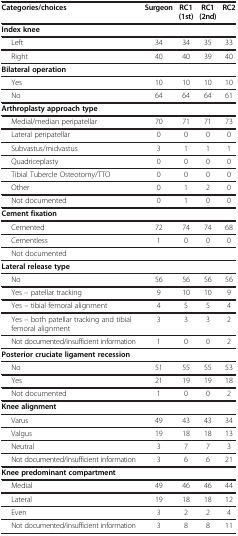
| Categories/choices | Surgeon | RC1 (1st) | RC1 (2nd) | RC2 |
 | --- | --- | --- | --- | --- |
 | Index knee |  |  |  |  |
 | Left | 34 | 34 | 35 | 33 |
 | Right | 40 | 40 | 39 | 40 |
 | Bilateral operation |  |  |  |  |
 | Yes | 10 | 10 | 10 | 10 |
 | No | 64 | 64 | 64 | 61 |
 | Arthroplasty approach type |  |  |  |  |
 | Medial/median peripatellar | 70 | 71 | 71 | 73 |
 | Lateral peripatellar | 0 | 0 | 0 | 0 |
 | Subvastus/midvastus | 3 | 1 | 1 | 1 |
 | Quadriceplasty | 0 | 0 | 0 | 0 |
 | Tibial Tubercle Osteotomy/TTO | 0 | 0 | 0 | 0 |
 | Other | 0 | 1 | 2 | 0 |
 | Not documented | 0 | 1 | 0 | 0 |
 | Cement fixation |  |  |  |  |
 | Cemented | 72 | 74 | 74 | 68 |
 | Cementless | 1 | 0 | 0 | 0 |
 | Not documented |  |  |  |  |
 | Lateral release type |  |  |  |  |
 | No | 56 | 56 | 56 | 56 |
 | Yes – patellar tracking | 9 | 10 | 10 | 9 |
 | Yes – tibial femoral alignment | 4 | 5 | 5 | 4 |
 | Yes – both patellar tracking and tibial femoral alignment | 3 | 3 | 3 | 2 |
 | Not documented/insufficient information | 1 | 0 | 0 | 2 |
 | Posterior cruciate ligament recession |  |  |  |  |
 | No | 51 | 55 | 55 | 53 |
 | Yes | 21 | 19 | 19 | 18 |
 | Not documented | 1 | 0 | 0 | 2 |
 | Knee alignment |  |  |  |  |
 | Varus | 49 | 43 | 43 | 34 |
 | Valgus | 19 | 18 | 18 | 13 |
 | Neutral | 3 | 7 | 7 | 3 |
 | Not documented/insufficient information | 3 | 6 | 6 | 21 |
 | Knee predominant compartment |  |  |  |  |
 | Medial | 49 | 46 | 46 | 44 |
 | Lateral | 19 | 18 | 18 | 12 |
 | Even | 3 | 2 | 2 | 4 |
 | Not documented/insufficient information | 3 | 8 | 8 | 11 |